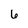
Character: 6